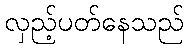
လှည့်ပတ်နေသည်